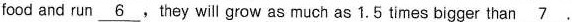
food and run \underline{6}, they will grow as much as 1.5 times bigger than \underline{7}